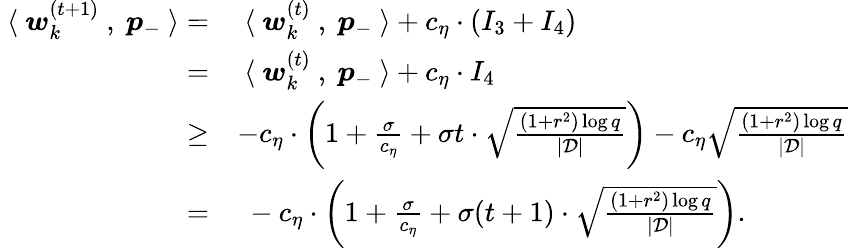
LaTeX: \begin{array}{rl}{~\langle~{\boldsymbol w}_{k}^{(t+1)}~,~{\boldsymbol p}_{-}~\rangle=}&{~\langle~{\boldsymbol w}_{k}^{(t)}~,~{\boldsymbol p}_{-}~\rangle+c_{\eta}\cdot(I_{3}+I_{4})}\\ {=}&{~\langle~{\boldsymbol w}_{k}^{(t)}~,~{\boldsymbol p}_{-}~\rangle+c_{\eta}\cdot I_{4}}\\ {\ge}&{-c_{\eta}\cdot\bigg(1+\frac{\sigma}{c_{\eta}}+\sigma t\cdot\sqrt{\frac{(1+r^{2})\log q}{|\mathcal{D}|}}\bigg)-c_{\eta}\sqrt{\frac{(1+r^{2})\log q}{|\mathcal{D}|}}}\\ {=}&{~-c_{\eta}\cdot\bigg(1+\frac{\sigma}{c_{\eta}}+\sigma(t+1)\cdot\sqrt{\frac{(1+r^{2})\log q}{|\mathcal{D}|}}\bigg).}\end{array}